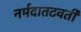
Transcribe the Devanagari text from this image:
नर्मदातटवर्ती